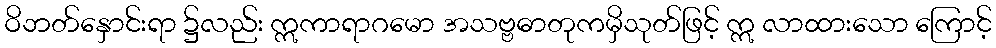
ဝိဘတ်နှောင်းရာ ၌လည်း ဣကာရာဂမော အသဗ္ဗဓာတုကမှိသုတ်ဖြင့် ဣ လာထားသော ကြောင့်